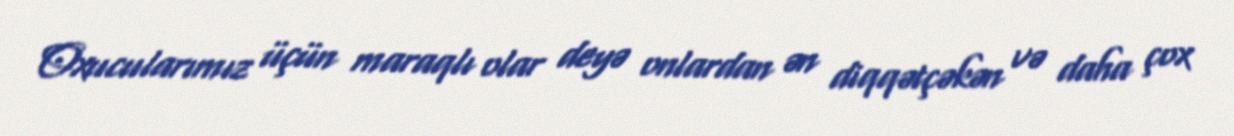
Oxucularımız üçün maraqlı olar deyə onlardan ən diqqətçəkən və daha çox